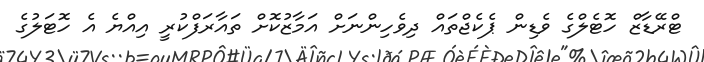
ޓްރޭޑާޒް ހޮޓެލްގެ ވެޑިން ޕެކެޖްތައް ދިވެހިންނަށް އަމާޒުކޮށް ތައާރަފްކުރީ އިއްޔެ އެ ހޮޓަލުގެ